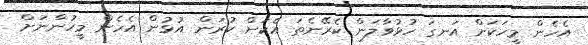
އެހެން މީހަކަށް އަނގަ ހުޅުވާލަން ކެރޭނެތަ އެކަން ކުރަން އުޅުން އެހެން މީހުންނަށް